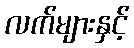
လက်များနှင့်